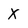
Character: X